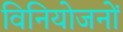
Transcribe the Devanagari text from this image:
विनियोजनों